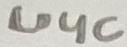
Text: U4c